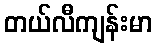
တယ်လီကျန်းမာ